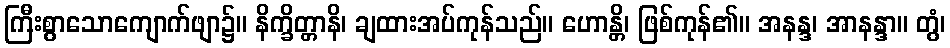
ကြီးစွာသောကျောက်ဖျာ၌။ နိက္ခိတ္တာနိ၊ ချထားအပ်ကုန်သည်။ ဟောန္တိ၊ ဖြစ်ကုန်၏။ အနန္ဒ၊ အာနန္ဒာ။ တွံ၊